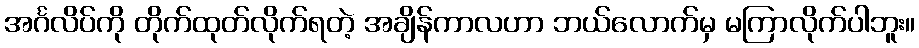
အင်္ဂလိပ်ကို တိုက်ထုတ်လိုက်ရတဲ့ အချိန်ကာလဟာ ဘယ်လောက်မှ မကြာလိုက်ပါဘူး။